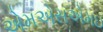
એમએસએમઇ